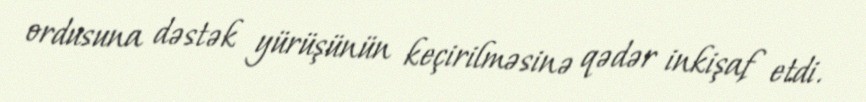
ordusuna dəstək yürüşünün keçirilməsinə qədər inkişaf etdi.